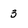
Character: 3